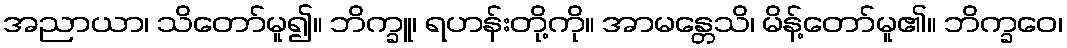
အညာယာ၊ သိတော်မူ၍။ ဘိက္ခူ၊ ရဟန်းတို့ကို။ အာမန္တေသိ၊ မိန့်တော်မူ၏။ ဘိက္ခဝေ၊